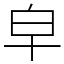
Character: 皁